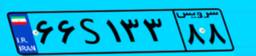
۶۶S۱۳۳۸۸